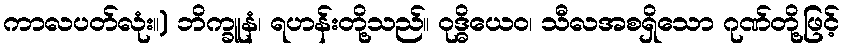
ကာလပတ်လုံး။) ဘိက္ခူနံ၊ ရဟန်းတို့သည်။ ဝုဒ္ဓိယေဝ၊ သီလအစရှိသော ဂုဏ်တို့ဖြင့်